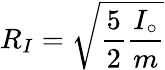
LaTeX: R_{I}=\sqrt{\frac{5}{2}\frac{I_{\circ}}{m}}